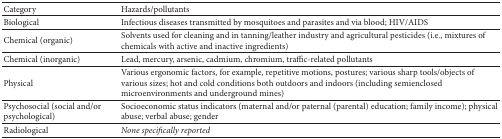
<table><thead><tr><td><b>Category</b></td><td><b>Hazards/pollutants</b></td></tr></thead><tbody><tr><td>Biological</td><td>Infectious diseases transmitted by mosquitoes and parasites and via blood; HIV/AIDS</td></tr><tr><td>Chemical (organic)</td><td>Solvents used for cleaning and in tanning/leather industry and agricultural pesticides (i.e., mixtures of chemicals with active and inactive ingredients)</td></tr><tr><td>Chemical (inorganic)</td><td>Lead, mercury, arsenic, cadmium, chromium, traffic-related pollutants</td></tr><tr><td>Physical</td><td>Various ergonomic factors, for example, repetitive motions, postures; various sharp tools/objects of various sizes; hot and cold conditions both outdoors and indoors (including semienclosed microenvironments and underground mines)</td></tr><tr><td>Psychosocial (social and/or psychological) </td><td>Socioeconomic status indicators (maternal and/or paternal (parental) education; family income); physical abuse; verbal abuse; gender</td></tr><tr><td>Radiological</td><td><i>None specifically reported</i></td></tr></tbody></table>